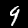
Digit: 9